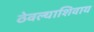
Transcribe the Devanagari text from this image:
ठेवल्याशिवाय